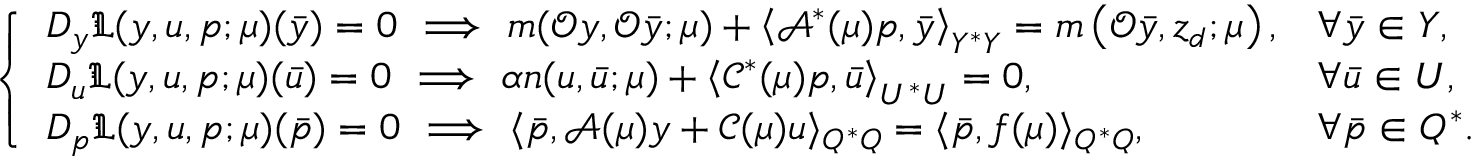
\begin{array} { r } { \left\{ \begin{array} { l l } { D _ { y } \mathfrak { L } ( y , u , p ; \boldsymbol { \mu } ) ( \bar { y } ) = 0 \ \Longrightarrow \ m ( \mathcal { O } y , \mathcal { O } \bar { y } ; \boldsymbol { \mu } ) + \left\langle \mathcal { A } ^ { * } ( \boldsymbol { \mu } ) p , \bar { y } \right\rangle _ { Y ^ { * } Y } = m \left( \mathcal { O } \bar { y } , z _ { d } ; \boldsymbol { \mu } \right) , } & { \forall \bar { y } \in Y , } \\ { D _ { u } \mathfrak { L } ( y , u , p ; \boldsymbol { \mu } ) ( \bar { u } ) = 0 \ \Longrightarrow \ \alpha n ( u , \bar { u } ; \boldsymbol { \mu } ) + \left\langle \mathcal { C } ^ { * } ( \boldsymbol { \mu } ) p , \bar { u } \right\rangle _ { U ^ { * } U } = 0 , } & { \forall \bar { u } \in U , } \\ { D _ { p } \mathfrak { L } ( y , u , p ; \boldsymbol { \mu } ) ( \bar { p } ) = 0 \ \Longrightarrow \ \langle \bar { p } , \mathcal { A } ( \boldsymbol { \mu } ) y + \mathcal { C } ( \boldsymbol { \mu } ) u \rangle _ { Q ^ { * } Q } = \langle \bar { p } , f ( \boldsymbol { \mu } ) \rangle _ { Q ^ { * } Q } , } & { \forall \bar { p } \in Q ^ { * } . } \end{array} \right. } \end{array}